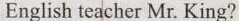
English teacher Mr. King?